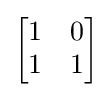
{\begin{bmatrix}1&0\\1&1\end{bmatrix}}